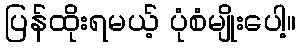
ပြန်ထိုးရမယ့် ပုံစံမျိုးပေါ့။